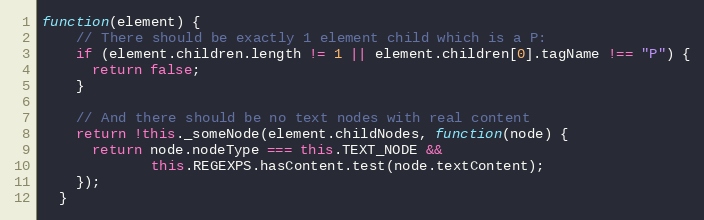
Language: JavaScript
function(element) {
    // There should be exactly 1 element child which is a P:
    if (element.children.length != 1 || element.children[0].tagName !== "P") {
      return false;
    }

    // And there should be no text nodes with real content
    return !this._someNode(element.childNodes, function(node) {
      return node.nodeType === this.TEXT_NODE &&
             this.REGEXPS.hasContent.test(node.textContent);
    });
  }